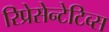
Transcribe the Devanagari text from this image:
रिप्रेसेन्टेटिव्स